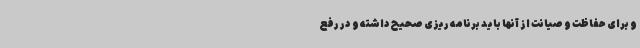
و برای حفاظت و صیانت از آنها باید برنامه ریزی صحیح داشته و در رفع